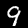
Label: 9